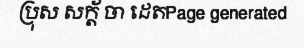
ប្រុស សក្ត័ ចា ដេតPage generated